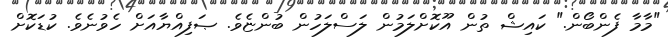
"މާމާ ފެންބޯން." ކައިޝް ތުން އޫކޮށްލަމުން ލަސްލަހުން ބުންޏެވެ. ޞަފިއްޔާއަށް ހެވުނެވެ. ކުޑަކޮށް